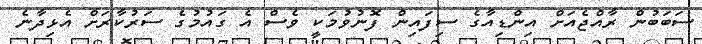
ސަބަބުން ރާއްޖެއަށް އިންޑިއާގެ ސިފައިން ފޮނުވުމަކީ ވެސް އެ ގައުމުގެ ސަރުކާރަށް އެޅިދާނެ